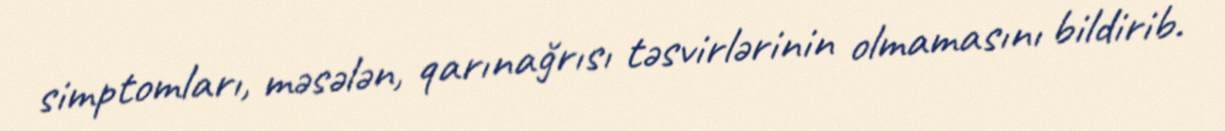
simptomları, məsələn, qarınağrısı təsvirlərinin olmamasını bildirib.